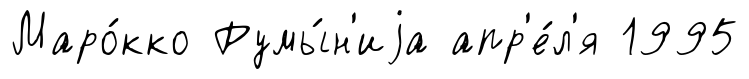
Маро́кко Румы́н'иjа апр'е́л'я 1995